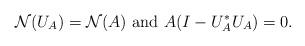
LaTeX: \begin{align*}\mathcal{N}(U_A)=\mathcal{N}(A)\ \mbox{and}\ A(I-U_A^*U_A)=0.\end{align*}